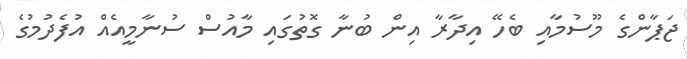
ޖަޕާންގެ މޫސުމާއި ބެހޭ އިދާރާ އިން ބުނާ ގޮތުގައި މާއުސް ސުނާމީއެއް އުފެދުމުގެ